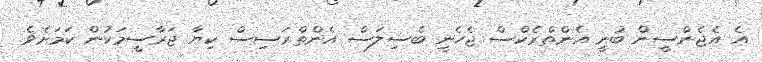
އެ އެޖެންސީން ބުނީ އެންތްރެކްސް ޖެހެނީ ބެސިލަސް އެންތްރަސިސް ކިޔާ ޖަރާސީމަކުން ކަމަށެވެ.